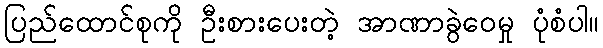
ပြည်ထောင်စုကို ဦးစားပေးတဲ့ အာဏာခွဲဝေမှု ပုံစံပါ။